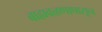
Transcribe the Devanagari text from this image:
बाह्यवळणापासून